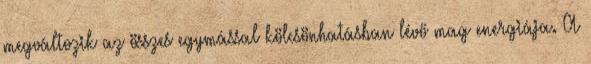
megváltozik az összes egymással kölcsönhatásban lévő mag energiája. A